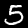
Label: 5